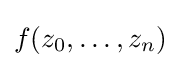
f(z_{0},\dots ,z_{n})